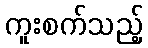
ကူးစက်သည့်